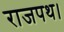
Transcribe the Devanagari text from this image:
राजपथ।